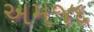
અમજદ